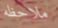
ملاحظه